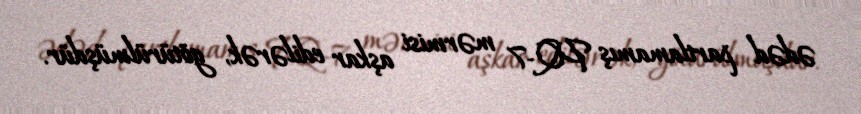
ədəd partlamamış PQ-7 mərmisi aşkar edilərək, götürülmüşdür.